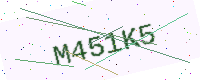
Text: M451K5